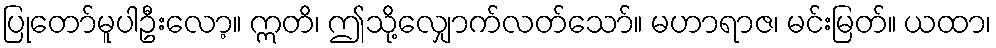
ပြုတော်မူပါဦးလော့။ ဣတိ၊ ဤသို့လျှောက်လတ်သော်။ မဟာရာဇ၊ မင်းမြတ်။ ယထာ၊